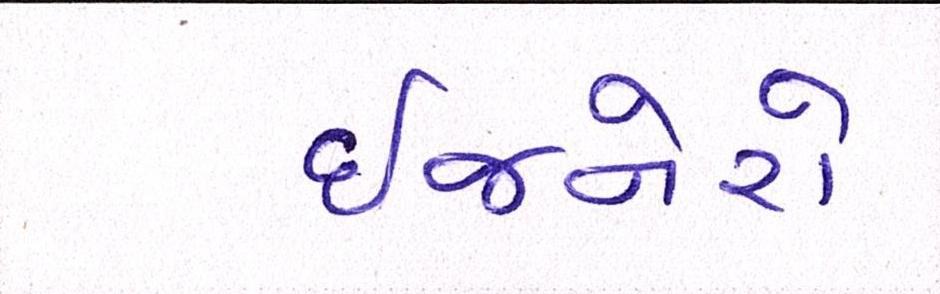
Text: ઈજનેરો